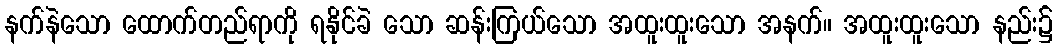
နက်နဲသော ထောက်တည်ရာကို ရနိုင်ခဲ သော ဆန်းကြယ်သော အထူးထူးသော အနက်။ အထူးထူးသော နည်း၌